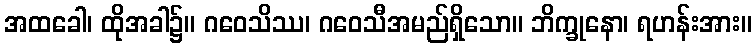
အထခေါ၊ ထိုအခါ၌။ ဂဝေသိဿ၊ ဂဝေသီအမည်ရှိသော။ ဘိက္ခုနော၊ ရဟန်းအား။